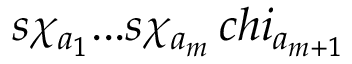
s \chi _ { a _ { 1 } } . . . s \chi _ { a _ { m } } \, c h i _ { a _ { m + 1 } }